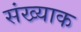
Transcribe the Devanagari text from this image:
संख्याक